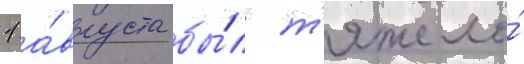
1 а́вгуста бы́л т'яжело́